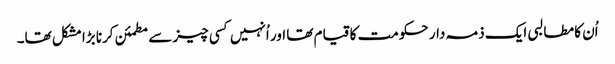
اُن کا مطالبی ایک ذمہ دار حکومت کا قیام تھا اور اُنہیں کسی چیز سے مطمئن کرنا بڑا مشکل تھا۔